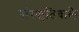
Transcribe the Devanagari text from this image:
संस्कृतिवाले